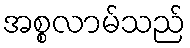
အစ္စလာမ်သည်